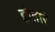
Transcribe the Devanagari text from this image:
होतारं